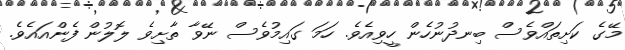
މޭގެ ކަށިތައްވެސް ބިނދުނުހެން ހީވިއެވެ. ހަމަ ގައިމުވެސް ނޭވާ ތާށިވެ ލޮލުން ފެންއައެވެ.